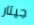
جيتار